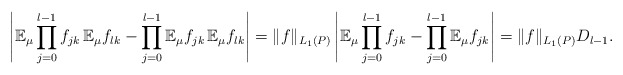
\begin{align*}\left| \mathbb E_{\mu} \prod_{j=0}^{l-1} f_{jk} \, \mathbb E_{\mu} f_{lk} - \prod_{j=0}^{l-1} \mathbb E_{\mu} f_{jk} \, \mathbb E_{\mu} f_{lk} \right|= \|f\|_{L_1(P)} \left| \mathbb E_{\mu} \prod_{j=0}^{l-1} f_{jk} - \prod_{j=0}^{l-1} \mathbb E_{\mu} f_{jk} \right| = \|f\|_{L_1(P)} D_{l-1} .\end{align*}